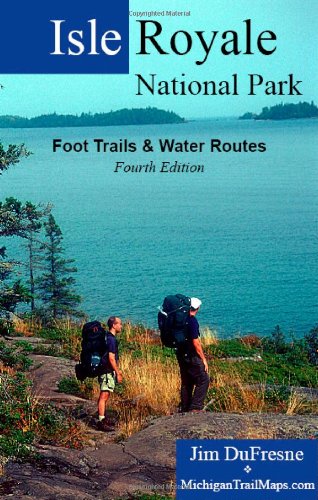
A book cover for Isle Royale National Park: Foot Trails & Water Routes; Jim Dufresne; Travel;